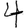
Digit: 4